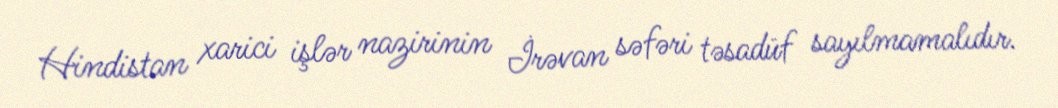
Hindistan xarici işlər nazirinin İrəvan səfəri təsadüf sayılmamalıdır.